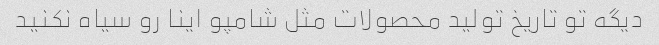
دیگه تو تاریخ تولید محصولات مثل شامپو اینا رو سیاه نکنید